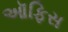
ઑફિસ